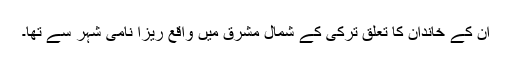
ان کے خاندان کا تعلق ترکی کے شمال مشرق میں واقع ریزا نامی شہر سے تھا۔